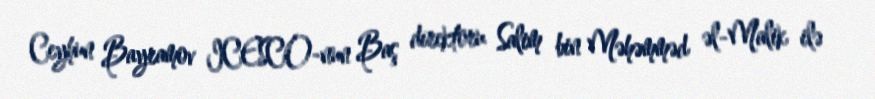
Ceyhun Bayramov ICESCO-nun Baş direktoru Salim bin Məhəmməd əl-Malik ilə